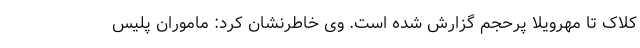
کلاک تا مهرویلا پرحجم گزارش شده است. وی خاطرنشان کرد: ماموران پلیس